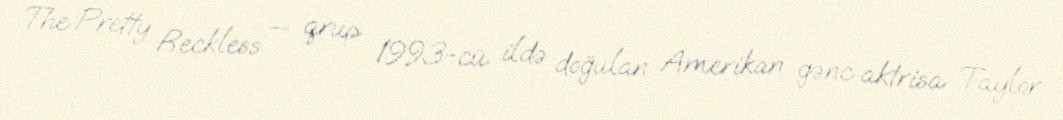
The Pretty Reckless — qrup 1993-cü ildə doğulan Amerikan gənc aktrisa Taylor